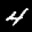
Label: 4